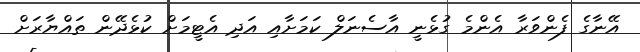
އޭނާގެ ފެންވަރާ އެންމެ ގުޅެނީ އާސެނަލް ކަމަށާއި އަދި އެޓީމަށް ކުޅެދޭން ތައްޔާރަށް